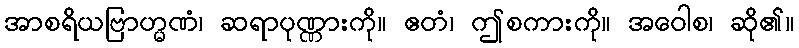
အာစရိယဗြာဟ္မဏံ၊ ဆရာပုဏ္ဏားကို။ ဧတံ၊ ဤစကားကို။ အဝေါစ၊ ဆို၏။